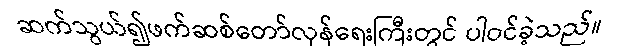
ဆက်သွယ်၍ဖက်ဆစ်တော်လှန်ရေးကြီးတွင် ပါဝင်ခဲ့သည်။